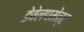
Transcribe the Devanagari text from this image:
डेवेलपमेन्ट